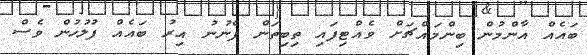
ބައެއް އާންމުން ބިންމައްޗަށް ވެއްޓިފައި ތިބިތަން ފެނުނު އިރު ބައެއް ފުލުހުން ވެސް